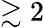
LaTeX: \gtrsim 2